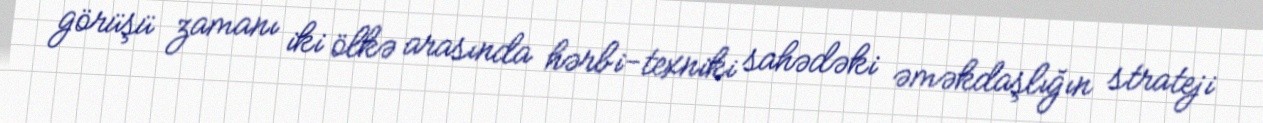
görüşü zamanı iki ölkə arasında hərbi-texniki sahədəki əməkdaşlığın strateji